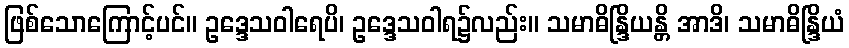
ဖြစ်သောကြောင့်ပင်။ ဥဒ္ဒေသဝါရေပိ၊ ဥဒ္ဒေသဝါရ၌လည်း။ သမာဓိန္ဒြိယန္တိ အာဒိ၊ သမာဓိန္ဒြိယံ